V__Kingissepa_nim__kolhoos, lk 53
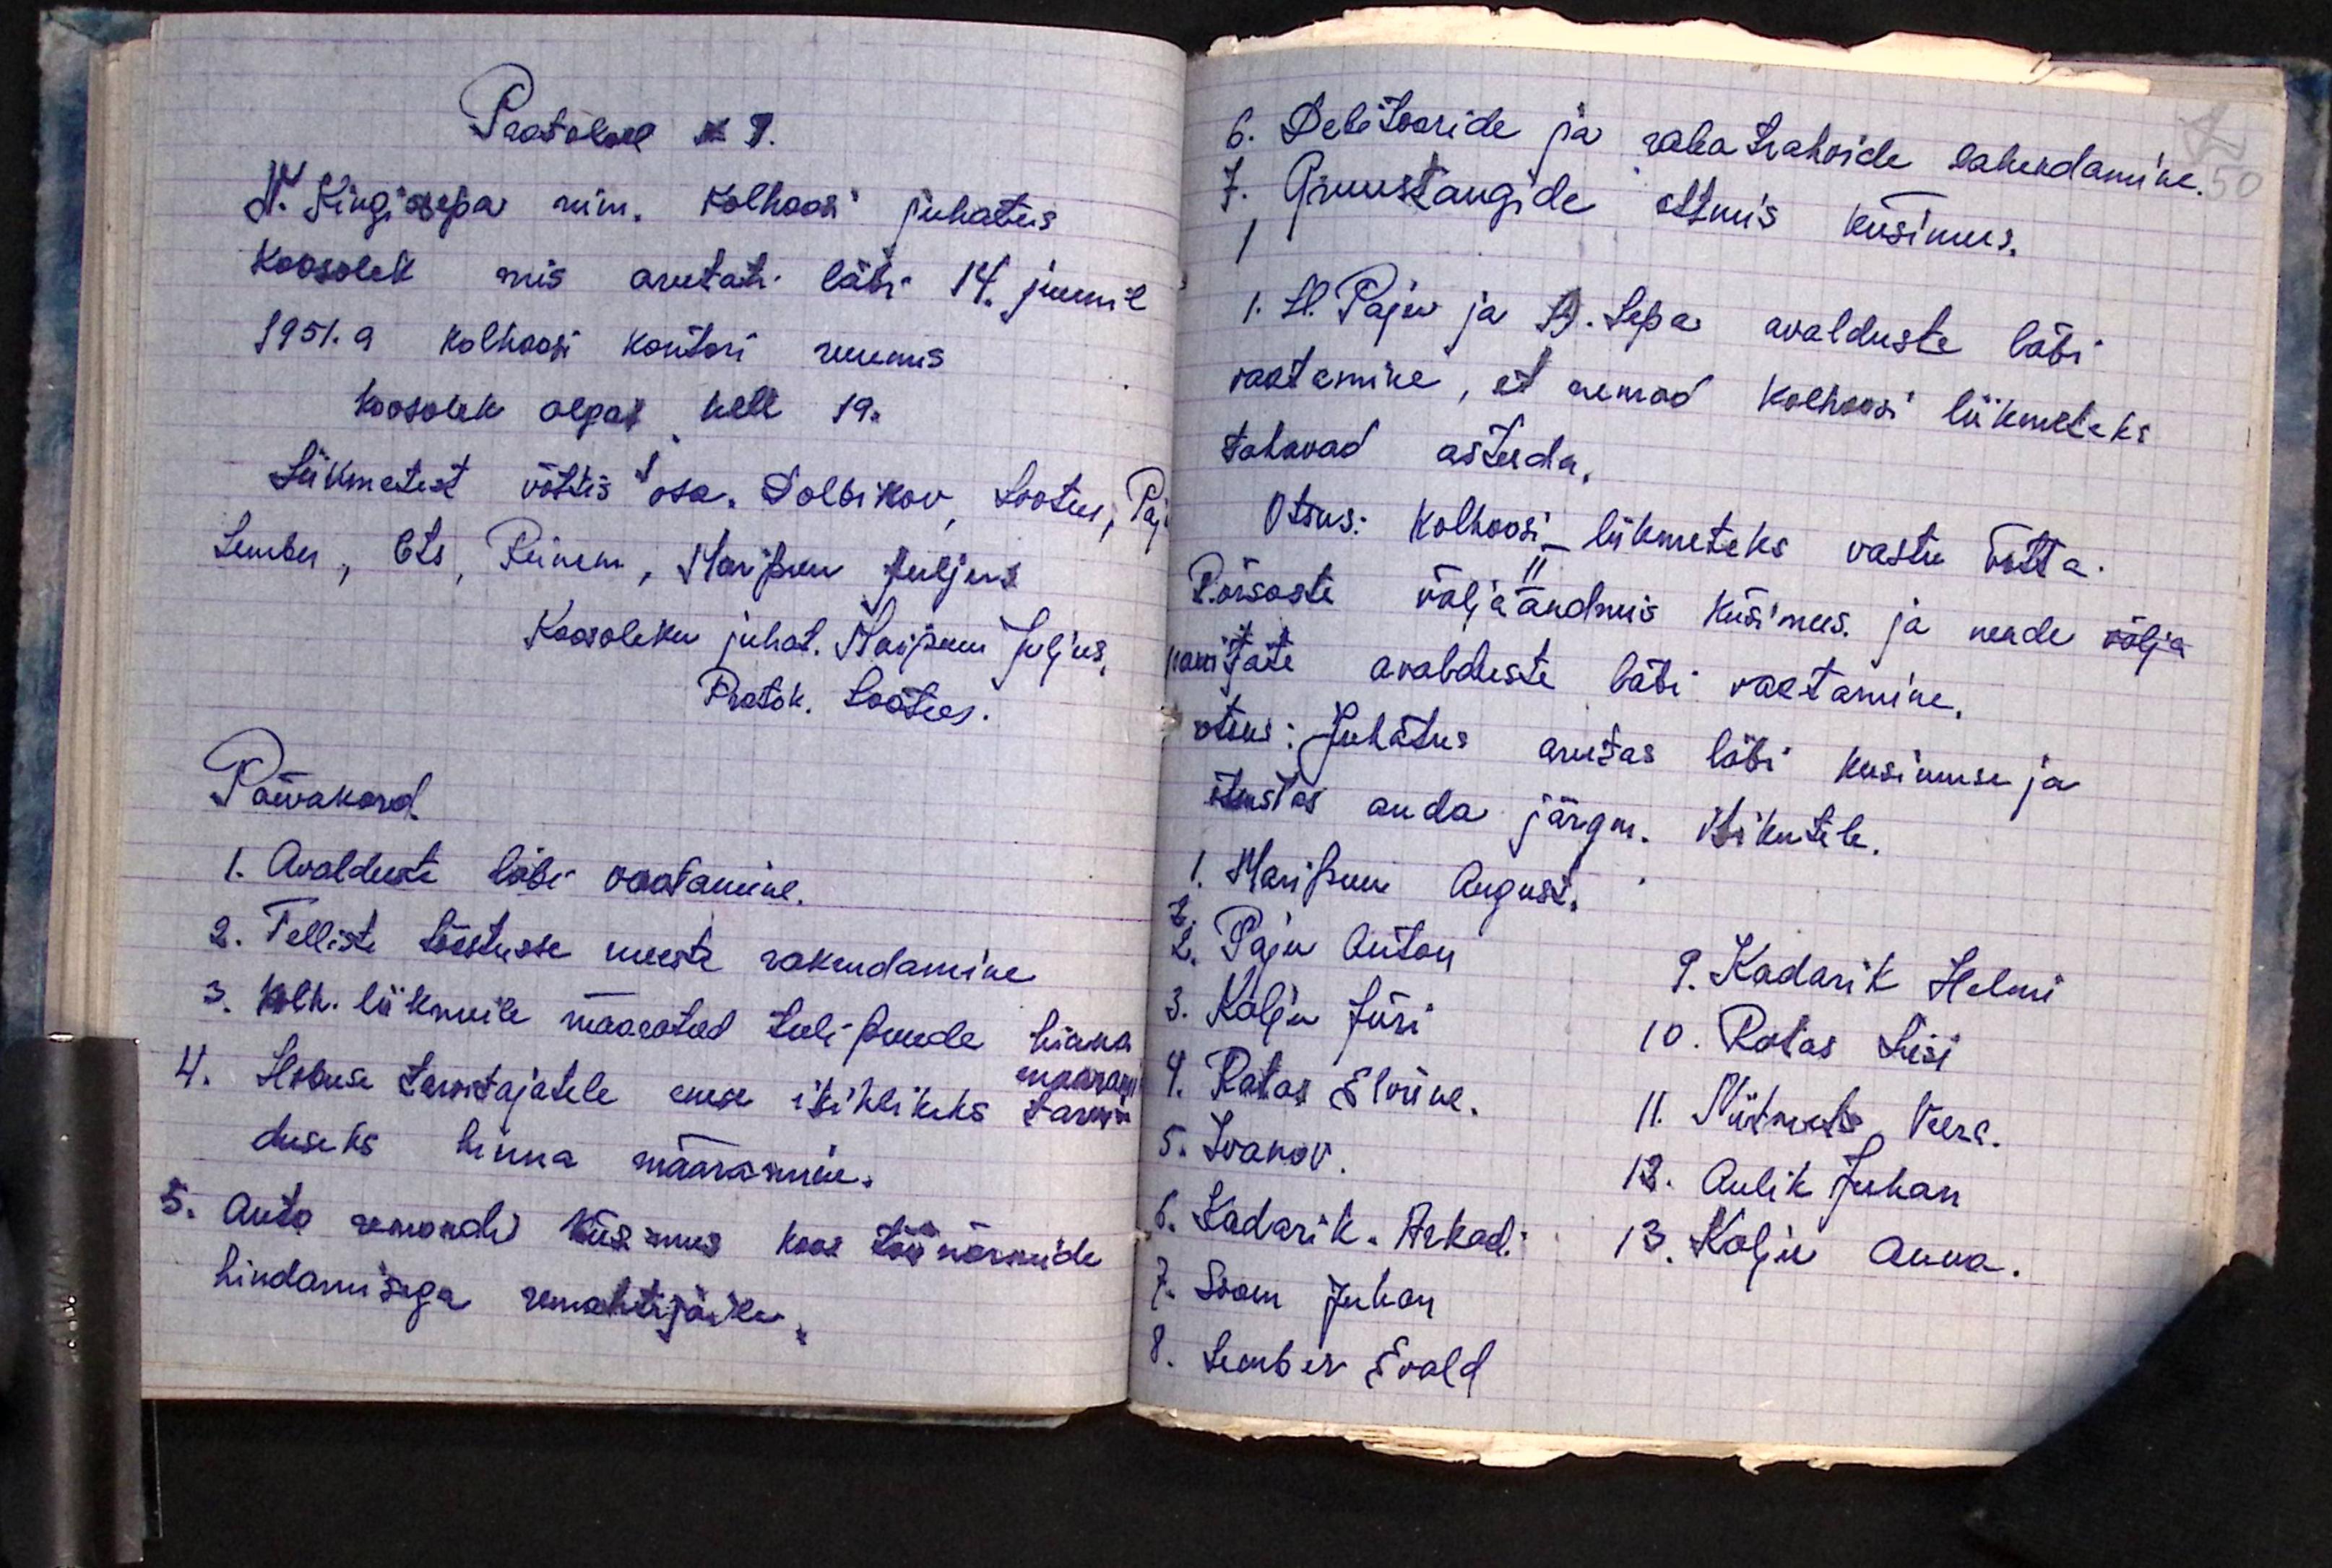
Protokoll No 9.
V. Kingissepa nim. Kolhoosi juhatus
Koosolek mis arutati läbi 14. juunil
1951.a kolhoosi kontori ruumis
koosolek algas kell 19.
Liikmetest võttis osa. Dolbikov, Lootus, Paj
Lember, Ots, Reinem, Maripuu Juljus.
Koosoleku juhat. Maripuu Juljus.
Protok. Lootus.
Päevakord.
1. Avalduste läbi vaatamine.
2. Telliste tööstusse meeste rakendamine
3. Kolh. liikmeile määratud tuli puude hinna
maarami
4. Hobuse tarvitajatele enese isiklikuks tarvi-
duseks hinna määramine.
5. Auto remondi Küsimus koos töönormide
hindamisega remahti järele

6. Debitooride ja raha trahvide lahendamine.
7. Gruustangide ostmis küsimus.
I
1. H. Paju ja A. Sepa avalduste läbi
vaatamine, et nemad kolhoosi liikmeteks
tahavad astuda.
Otsus: Kolhoosi liikmeteks vastu võtta.
II
Põrsaste väljaandmis küsimus. ja nende välja
ravitate avalduste läbi vaatamine.
otsus: Juhatus arutas läbi kusimuse ja
otsustas anda järgm. isikutele.
1. Maripuu August.
2. Paju Anton
3. Kalju Jüri
4. Ratas Elviine.
5. Ivanov.
6. Kadarik. Arkadi
7. Soom Juhan
8. Lember Evald
9. Kadarik Helmi
10. Ratas Liisi
11. Niitmets Veera.
12. Aulik Juhan
13. Kalju Anna.